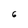
Character: 6